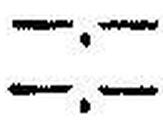
—.—